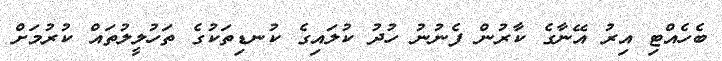
ބެހެއްޓި އިރު އޭނާގެ ކާރުން ފެނުނު ހުދު ކުލައިގެ ކުނޑިތަކުގެ ތަހުލީލުތައް ކުރުމަށް